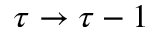
\tau \to \tau - 1